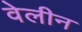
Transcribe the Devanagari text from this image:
वेलीन